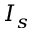
I _ { s }